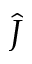
\hat { J }